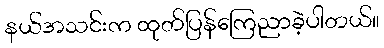
နယ်အသင်းက ထုတ်ပြန်ကြေညာခဲ့ပါတယ်။